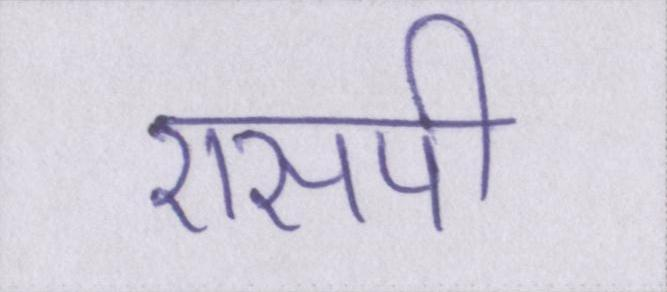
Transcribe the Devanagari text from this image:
एसपी